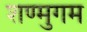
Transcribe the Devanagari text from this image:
शण्मुगम